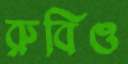
রুবিও